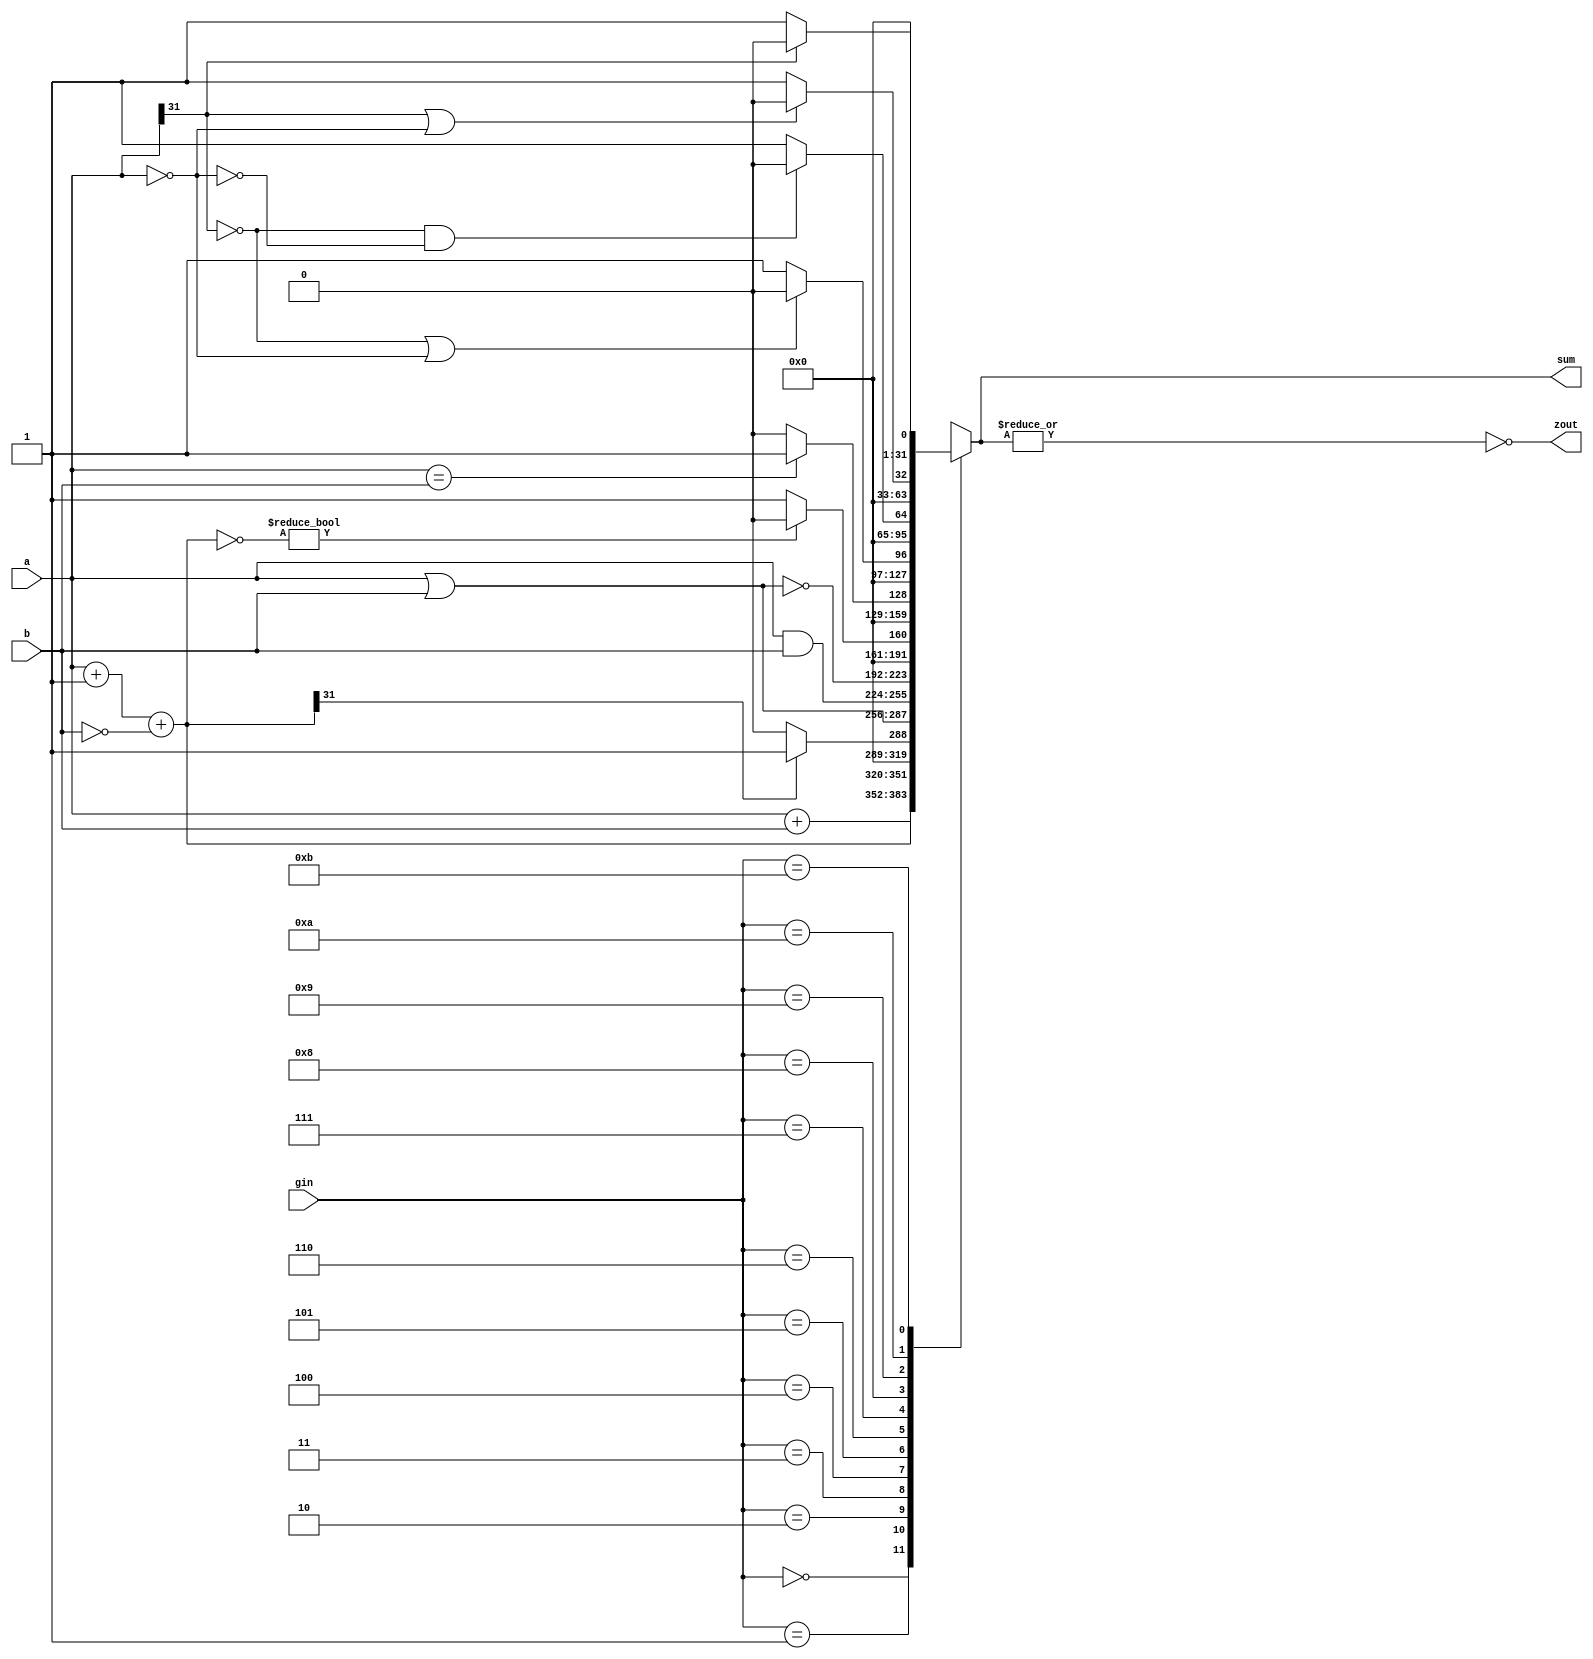
module alu32(sum,a,b,zout,gin);//ALU operation according to the ALU control line values
output [31:0] sum;
input [31:0] a,b; 
input [3:0] gin;//ALU control line
reg [31:0] sum;
reg [31:0] less;
output zout;
reg zout;
always @(a or b or gin)
begin
	case(gin)
	4'b0000: sum=a+b; 		//ALU control line=010, ADD
	4'b0001: sum=a+1+(~b);	//ALU control line=110, SUB
	4'b0010: begin less=a+1+(~b);	//ALU control line=111, set on less than
			if (less[31]) sum=1;	
			else sum=0;
		 end
	4'b0011: sum=a|b;		//ALU control line=001, OR
	4'b0100: sum=a & b;	//ALU control line=000, AND
	4'b0101: sum=~(a|b);	//ALU control line=101 NOR iin
	
	4'b0110: begin sum=a+1+(~b); //BEQ
			if(~sum) sum=0;
			else sum = 1;
		 end
	4'b0111: begin if(a==b) sum = 1;	//BNE zout:1
			else sum = 0;
		 end
	4'b1000: begin	if((~a[31])|(a[31:0]==32'b0)) sum=0;	//BGEZ
		 	else sum=1;
		 end
	4'b1001: begin	if(~a[31] & ~(a[31:0]==32'b0)) sum=0;	//BGTZ
			else sum=1;
		 end
	4'b1010: begin  if((a[31])|((a[31:0]==32'b0))) sum=0;	//BLEZ
			else sum =1;
		 end
	4'b1011: begin  if(a[31]) sum=0;	//BLTZ
			else sum=1;
		 end
	default: sum=31'bx;
	endcase
zout=~(|sum);
end
endmodule